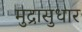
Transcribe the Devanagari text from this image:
मुद्रासुधार